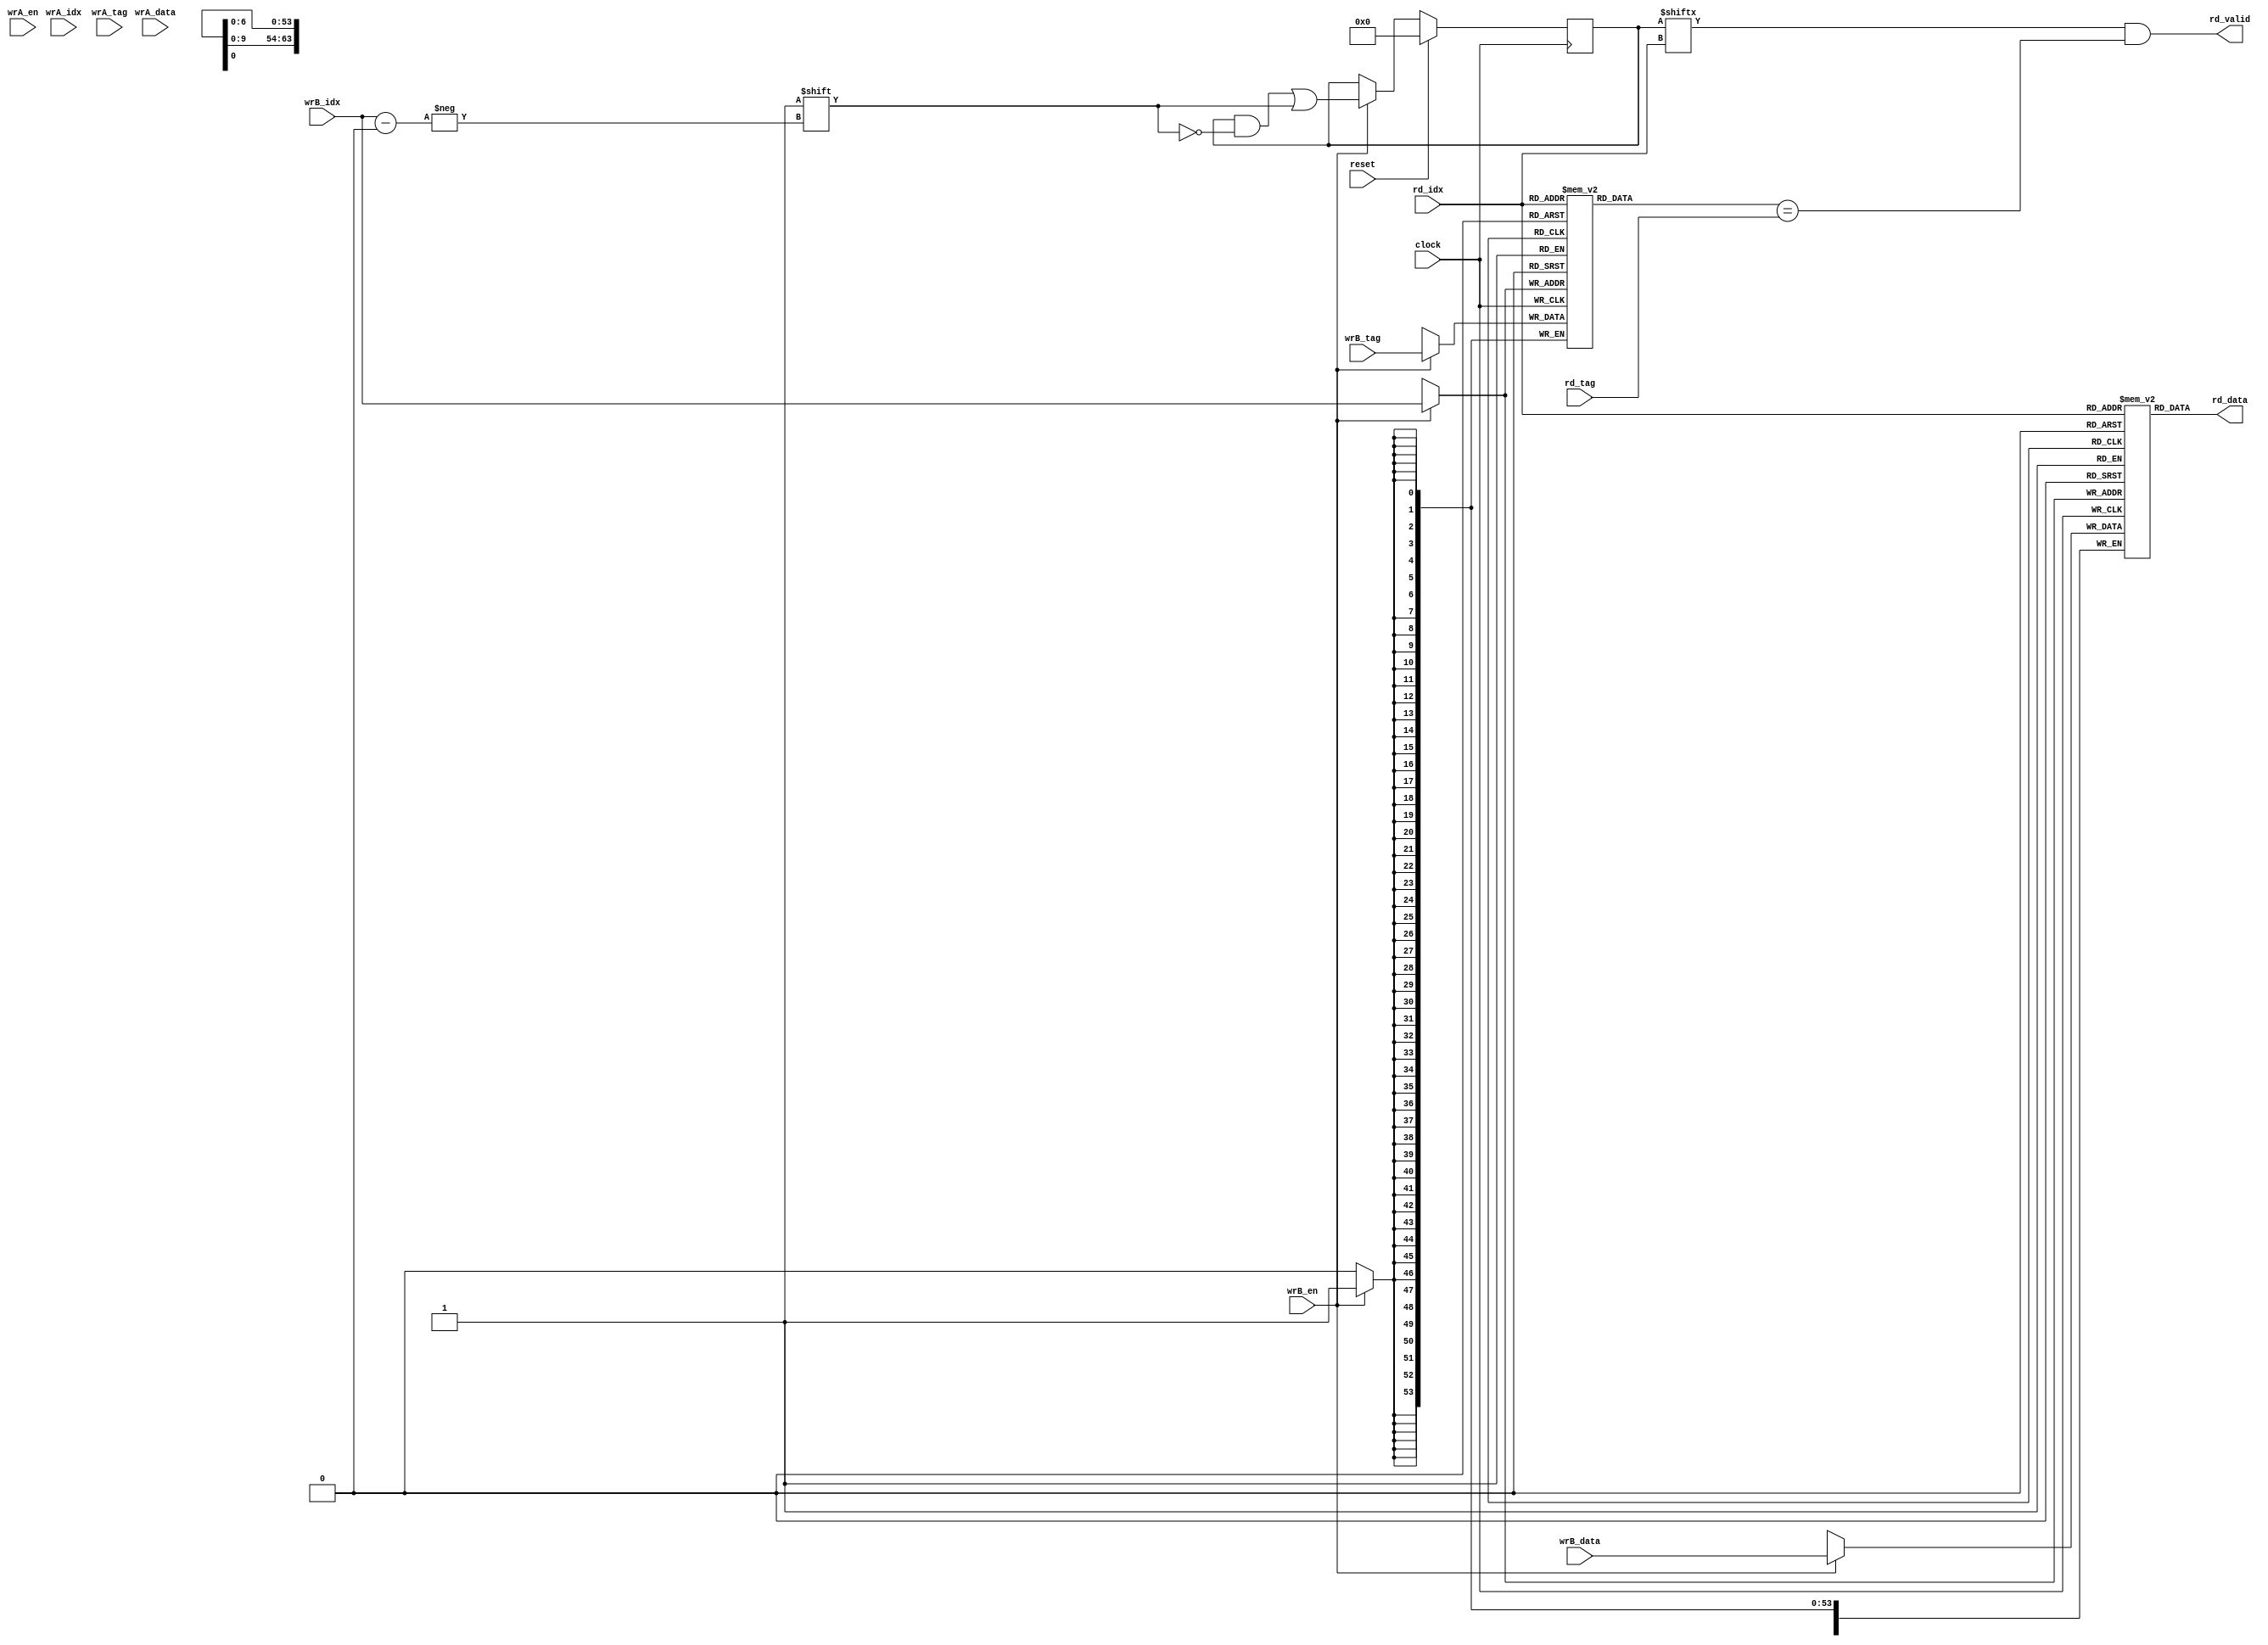
// EECS 470 - Winter 2009
// 128 line cache
//
// NOTE: this cache only looks at 32 bits for the index and tag (line size of
// 1).  This works because our while our addressable memory is 64 bits, the
// real size of our memory is 64k (check sys_defs.vh to verify).  You may wish
// to change this assumption.

`define SD #1

module Icache(clock, reset, 
			wrA_en, 
      wrA_idx, 
      wrA_tag, 
      wrA_data,
      wrB_en, 
      wrB_idx, 
      wrB_tag, 
      wrB_data,
      rd_idx, 
      rd_tag, 
      rd_data, 
      rd_valid);

/////////////////////////////////////////////////////////
//                                                     //
//                       Input                         //
//                                                     //
/////////////////////////////////////////////////////////

input clock; 
input reset;

//write from proc, Dcache write, than chech the conherency, write through
input        wrA_en;
input [6:0]  wrA_idx;
input [53:0] wrA_tag;
input [63:0] wrA_data;

//write from mem, because of load miss
input        wrB_en;
input [6:0]  wrB_idx;
input [53:0] wrB_tag;
input [63:0] wrB_data;

//read from processor (instruction fetch)

input [6:0]  rd_idx;
input [53:0] rd_tag;
 
//////////////////////////////////////////////////////
//                                                  //
//                   Output                         //
//                                                  //
//////////////////////////////////////////////////////

output [63:0] rd_data;
output        rd_valid;

//////////////////////////////////////////////////////
//                                                  //
//                    Inner Reg                     //
//                                                  //
//////////////////////////////////////////////////////

reg [63:0] data [127:0];
reg [53:0] tags [127:0]; 
reg [127:0] valids;

assign rd_data = data[rd_idx];
assign rd_valid = valids[rd_idx]&&(tags[rd_idx] == rd_tag);
//synopsys sync_set_reset "reset"
always @(posedge clock)
begin
  if(reset) valids <= `SD 128'b0;
  else 
  begin
  //	if(wrA_en) 
    	//	valids[wrA_idx] <= `SD 1;
  	if(wrB_en)
    		valids[wrB_idx] <= `SD 1;
	end
end
//synopsys sync_set_reset "reset"
always @(posedge clock)
begin
  //write from proc,has higher priority
  //if(wrA_en)
  //begin
    //data[wrA_idx] <= `SD wrA_data;
    //tags[wrA_idx] <= `SD wrA_tag;
  //end

  //write from mem, Icache miss
  if(wrB_en) //&&  (!wrA_en | (wrA_idx != wrB_idx) | (wrA_tag != wrB_tag)))
  begin
    data[wrB_idx] <= `SD wrB_data;
    tags[wrB_idx] <= `SD wrB_tag;
  end
end
endmodule